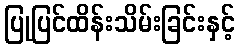
ပြုပြင်ထိန်းသိမ်းခြင်းနှင့်